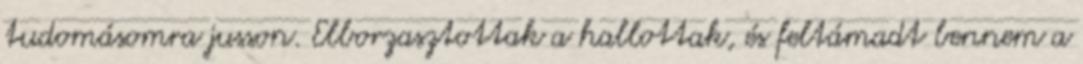
tudomásomra jusson. Elborzasztottak a hallottak, és feltámadt bennem a